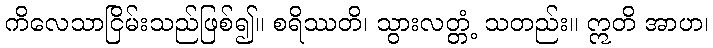
ကိလေသာငြိမ်းသည်ဖြစ်၍။ စရိဿတိ၊ သွားလတ္တံ့ သတည်း။ ဣတိ အာဟ၊